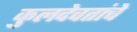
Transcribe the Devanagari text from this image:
कुलदेवतांचे